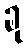
ခု